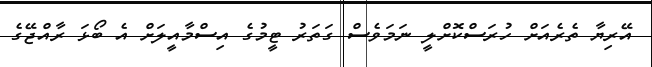
އޭރިޔާ ތެރެއަށް ހުރަސްކޮށްލީ ނަމަވެސް ގަތަރު ޓީމުގެ އިސްމާއީލަށް އެ ބޯޅަ ރާއްޖޭގެ